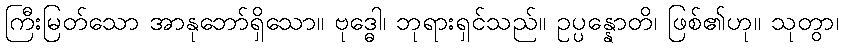
ကြီးမြတ်သော အာနုဘော်ရှိသော။ ဗုဒ္ဓေါ၊ ဘုရားရှင်သည်။ ဥပ္ပန္နောတိ၊ ဖြစ်၏ဟု။ သုတွာ၊